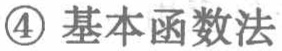
\textcircled{4} 基本函数法